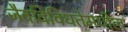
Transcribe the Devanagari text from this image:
जैवविविधतेमधील